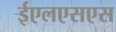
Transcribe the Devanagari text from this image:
ईएलएसएस